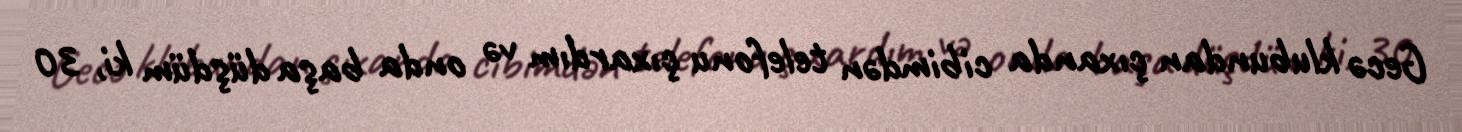
Gecə klubundan çıxanda cibimdən telefonu çıxardım və onda başa düşdüm ki, 30